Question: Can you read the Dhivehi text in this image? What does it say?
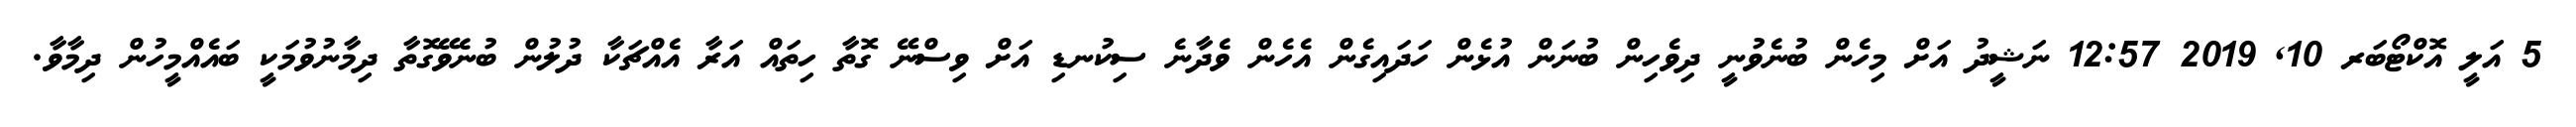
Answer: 5 އަލީ އޮކްޓޯބަރ 10, 2019 12:57 ނަޝީދު އަށް މިހެން ބުނެވުނީ ދިވެހިން ބުނަން އުޅެން ހަދައިގެން އެހެން ވެދާނެ ސިކުނޑި އަށް ވިސްނޭ ގޮތާ ހިތައް އަރާ އެއްޗަކާ ދުލުން ބުނެވޭގޮތާ ދިމާނުވުމަކީ ބައެއްމީހުން ދިމާވާ.